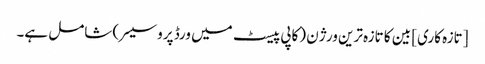
[تازہ کاری] بین کا تازہ ترین ورژن (کاپی پیسٹ میں ورڈ پروسیسر) شامل ہے۔